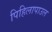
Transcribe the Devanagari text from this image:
पिहिलापाउल